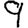
Digit: 9